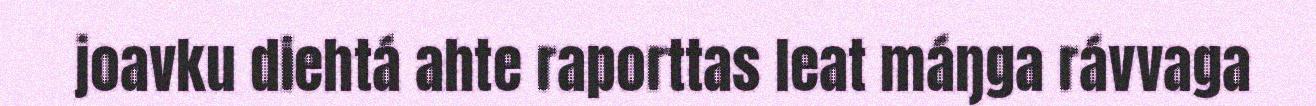
joavku diehtá ahte raporttas leat máŋga rávvaga